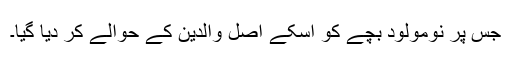
جس پر نومولود بچے کو اُسکے اصل والدین کے حوالے کر دیا گیا۔